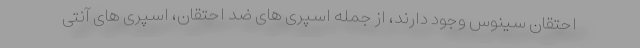
احتقان سینوس وجود دارند، از جمله اسپری های ضد احتقان، اسپری های آنتی